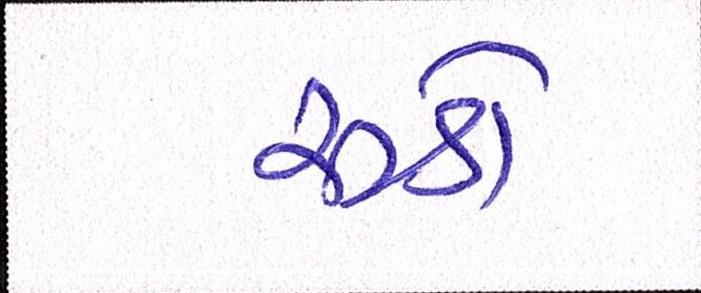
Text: રૂડો